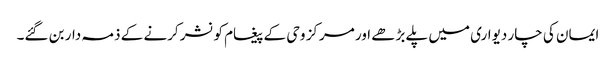
ایمان کی چار دیواری میں پلے بڑھے اور مرکز وحی کے پیغام کو نشر کرنے کے ذمہ دار بن گئے۔